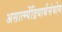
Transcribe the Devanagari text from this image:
असात्म्येंद्रियार्थसंयोग